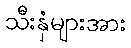
သီးနှံများအား